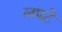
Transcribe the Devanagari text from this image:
लपटे